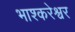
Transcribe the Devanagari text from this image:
भाश्करेश्वर